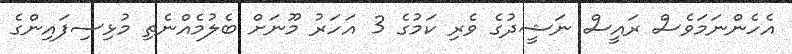
އެހެންނަމަވެސް ރައީސް ނަޝީދުގެ ވެރި ކަމުގެ 3 އަހަރު މޫނަށް ބެލުމެއްނެތި މުޅިސިފައިންގެ